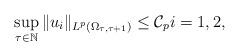
LaTeX: \begin{align*}\sup_{\tau\in \mathbb N}\|u_i\|_{L^p(\Omega_{\tau,\tau+1})} \leq \mathcal{C}_p i=1,2,\end{align*}